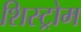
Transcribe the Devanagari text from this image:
शिस्ट्रोम